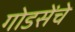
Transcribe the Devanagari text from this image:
गोडसेंचे